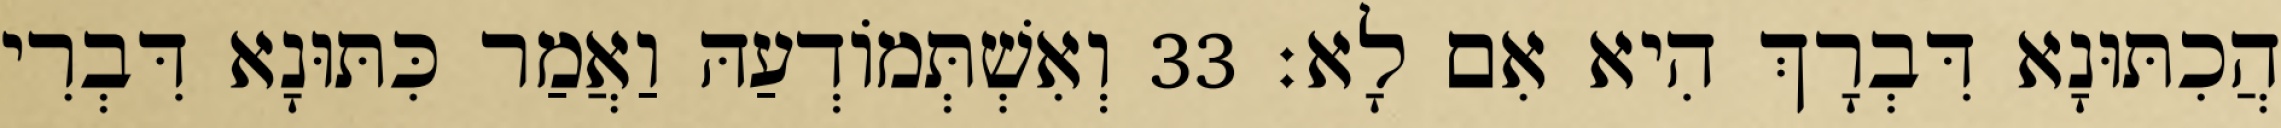
הֲכִתּוּנָא דִּבְרָךְ הִיא אִם לָא׃ 33 וְאִשְׁתְּמוֹדְעַהּ וַאֲמַר כִּתּוּנָא דִּבְרִי